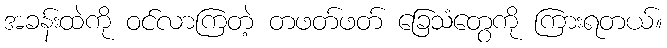
အခန်းထဲကို ဝင်လာကြတဲ့ တဖတ်ဖတ် ခြေသံတွေကို ကြားရတယ်။